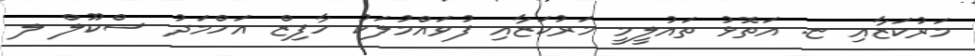
މަރުކަޒާއި ޏ. އަތޮޅު ތައުލީމީ މަރުކަޒާއި ފުވައްމުލަކު ހާފިޒް އަހްމަދު ސްކޫލް ލ